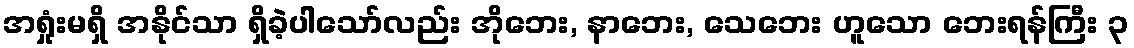
အရှုံးမရှိ အနိုင်သာ ရှိခဲ့ပါသော်လည်း အိုဘေး, နာဘေး, သေဘေး ဟူသော ဘေးရန်ကြီး ၃